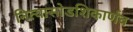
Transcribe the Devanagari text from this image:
नित्यासोडशिकार्णव